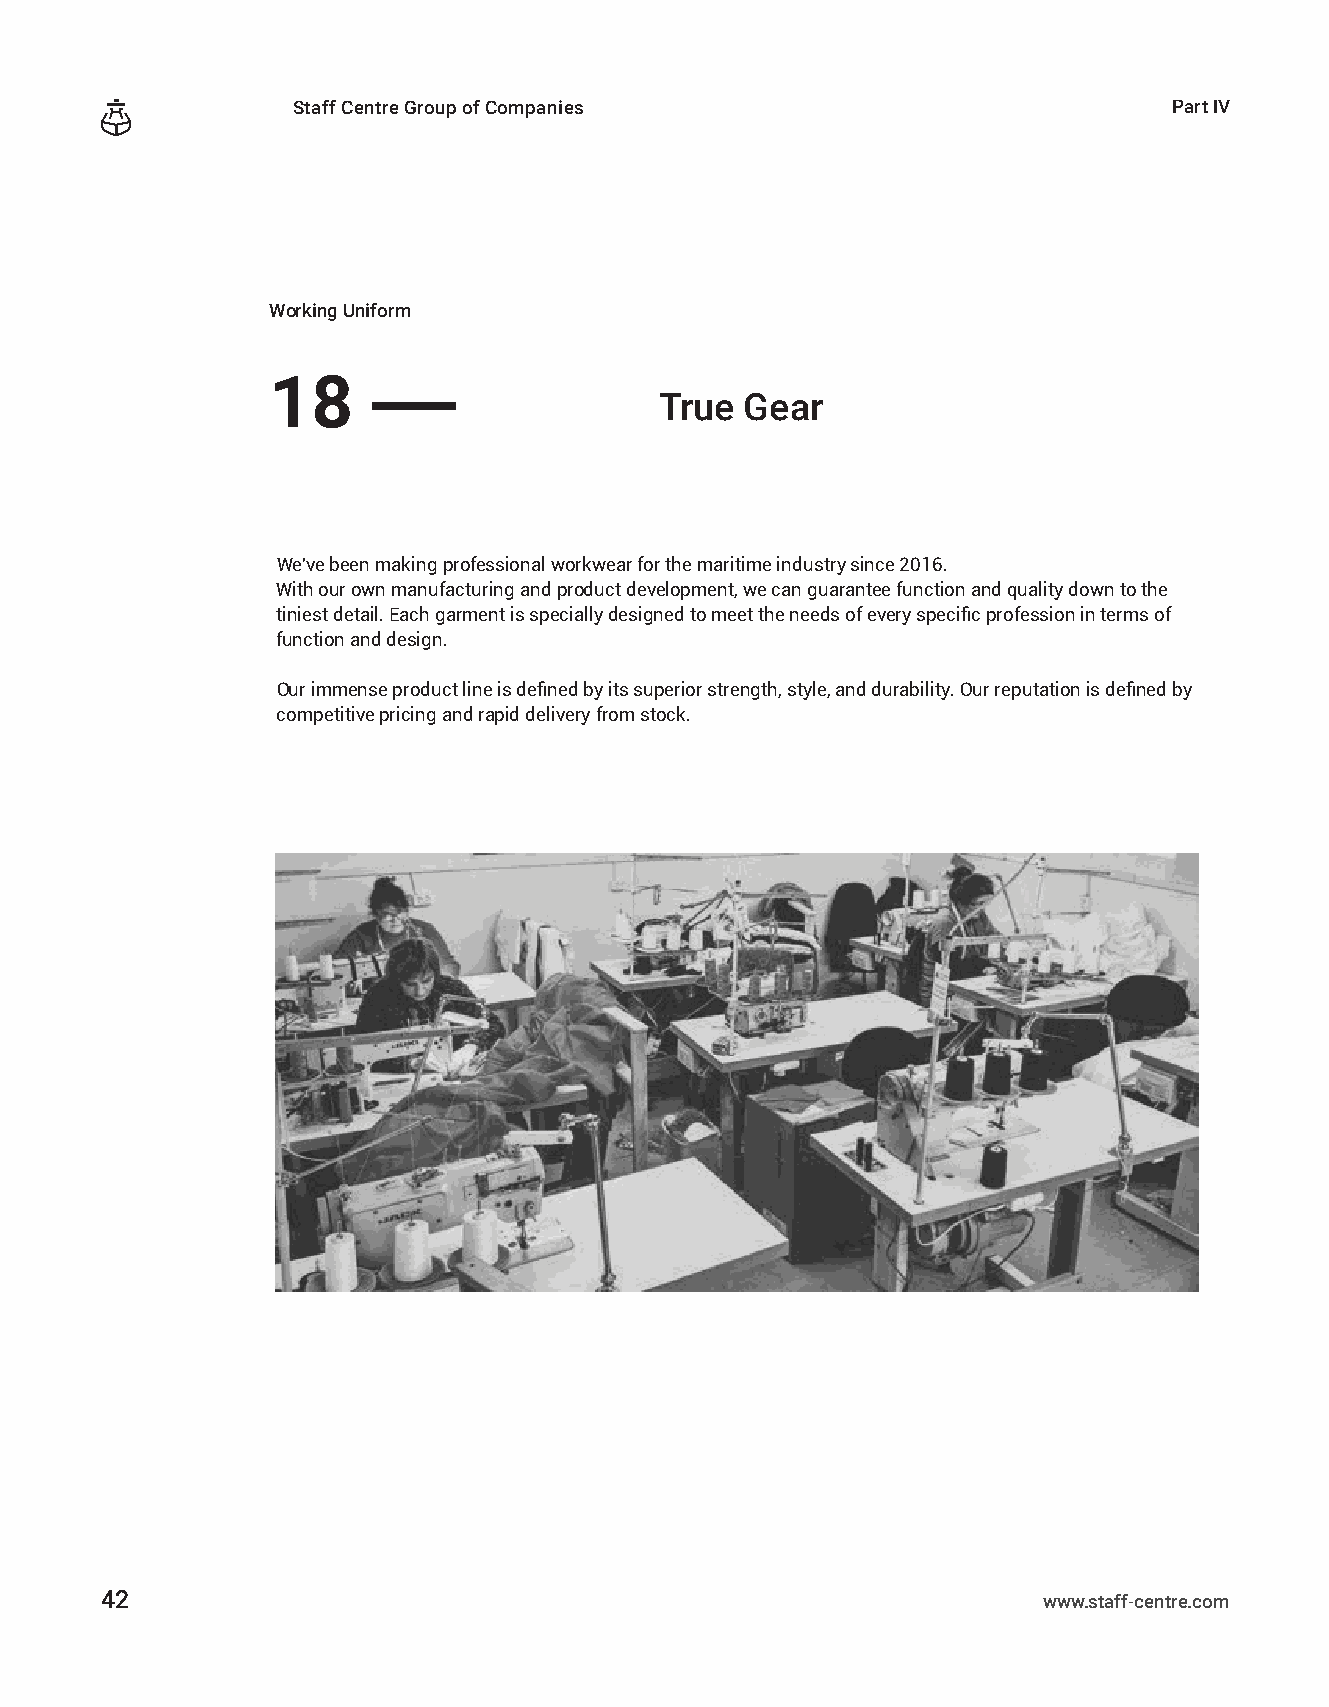
Staff Centre Group of Companies                            Part ІV
 Working Uniform
 18
 ——
 True Gear
 We've been making professional workwear for the maritime industry since 2016.
 With our own manufacturing and product development, we can guarantee function and quality down to the
 tiniest detail. Each garment is specially designed to meet the needs of every specific profession in terms of
 function and design.
 Our immense product line is defined by its superior strength, style, and durability. Our reputation is defined by
 competitive pricing and rapid delivery from stock.
 42                                                            www.staff-centre.com